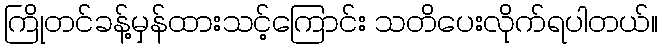
ကြိုတင်ခန့်မှန်ထားသင့်ကြောင်း သတိပေးလိုက်ရပါတယ်။